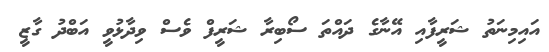
އައިމިނަތު ޝަރީފާއި އޭނާގެ ދައްތަ ސޯބިރާ ޝަރީފް ވެސް ވިދާޅުވީ އަބްދު ގާޒީ